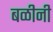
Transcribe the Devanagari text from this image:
बळीनी